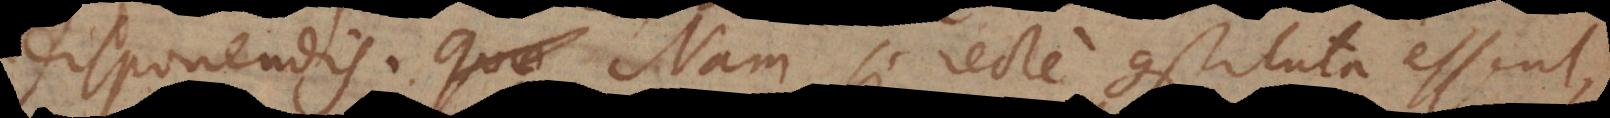
disponendis. Nam si recte constituta essent,